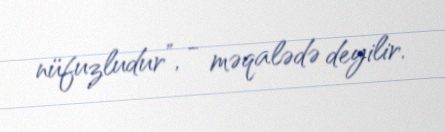
nüfuzludur”, - məqalədə deyilir.